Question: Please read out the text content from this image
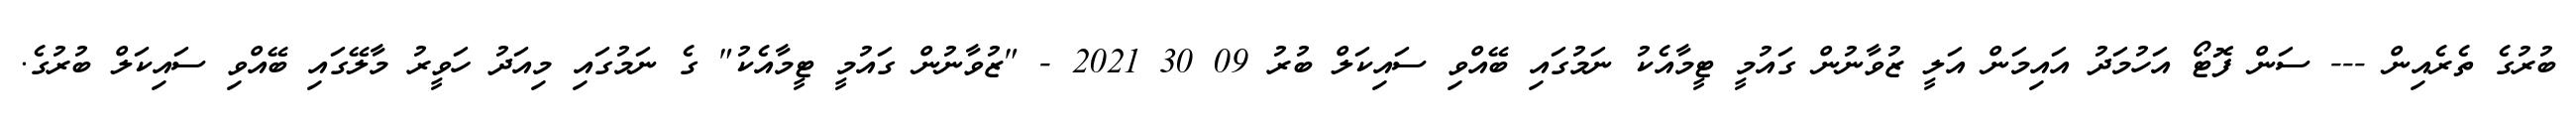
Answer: ބުރުގެ ތެރެއިން --- ސަން ފޮޓޯ އަހުމަދު އައިމަން އަލީ ޒުވާނުން ގައުމީ ޓީމާއެކު ނަމުގައި ބޭއްވި ސައިކަލް ބުރު 09 30 2021 - "ޒުވާނުން ގައުމީ ޓީމާއެކު" ގެ ނަމުގައި މިއަދު ހަވީރު މާލޭގައި ބޭއްވި ސައިކަލް ބުރުގެ.